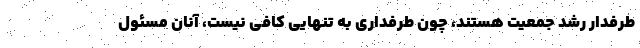
طرفدار رشد جمعیت هستند، چون طرفداری به تنهایی کافی نیست، آنان مسئول